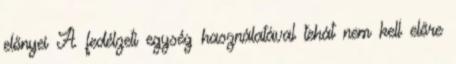
előnyei A fedélzeti egység használatával tehát nem kell előre